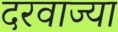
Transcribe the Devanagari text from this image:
दरवाज्या